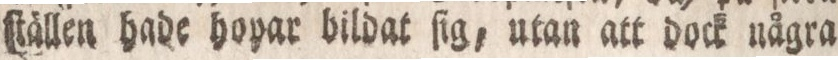
ſtällen hade hopar bildat ſig, utan att dock några